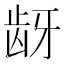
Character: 𬹺